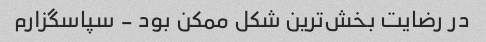
در رضایت بخش‌ترین شکل ممکن بود - سپاسگزارم